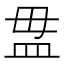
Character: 𥁉